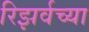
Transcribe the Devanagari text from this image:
रिझर्वच्या